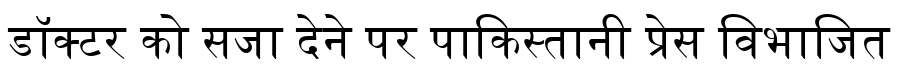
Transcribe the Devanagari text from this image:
डॉक्टर को सजा देने पर पाकिस्तानी प्रेस विभाजित